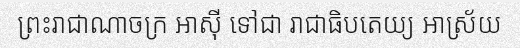
ព្រះរាជាណាចក្រ អាស៊ី ទៅជា រាជាធិបតេយ្យ អាស្រ័យ